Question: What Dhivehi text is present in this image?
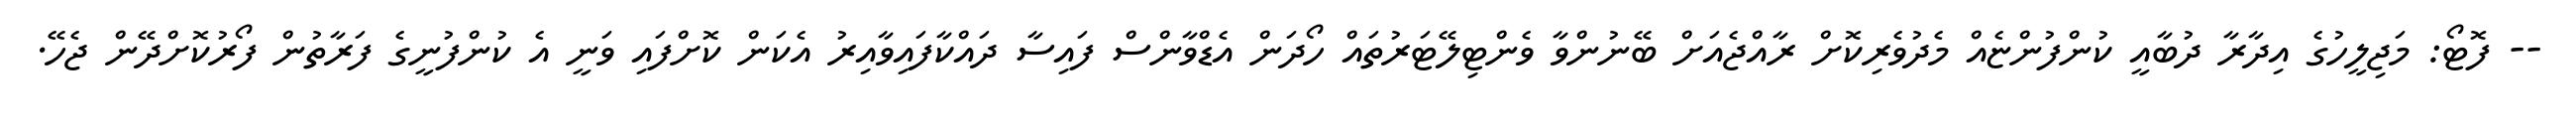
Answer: -- ފޮޓޯ: މަޖިލީހުގެ އިދާރާ ދުބާއީ ކުންފުންޏެއް މެދުވެރިކޮށް ރާއްޖެއަށް ބޭނުންވާ ވެންޓިލޭޓަރުތައް ހޯދަން އެޑްވާންސް ފައިސާ ދައްކާފައިވާއިރު އެކަން ކޮށްފައި ވަނީ އެ ކުންފުނީގެ ފަރާތުން ފޯރުކޮށްދޭން ޖެހޭ.